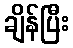
ချိန်ပြီး